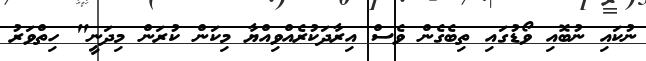
ނުކައި ނުބޮއި ވޯޑުގައި ތިބެގެން ވެސް އިރާދަކުރެއްވިއްޔާ މިކަން ކުރަން މިދަނީ" ހިތްވަރު